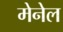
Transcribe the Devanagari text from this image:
मेनेल